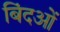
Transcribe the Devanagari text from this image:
बिंदओं